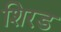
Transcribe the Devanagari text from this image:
शिरड